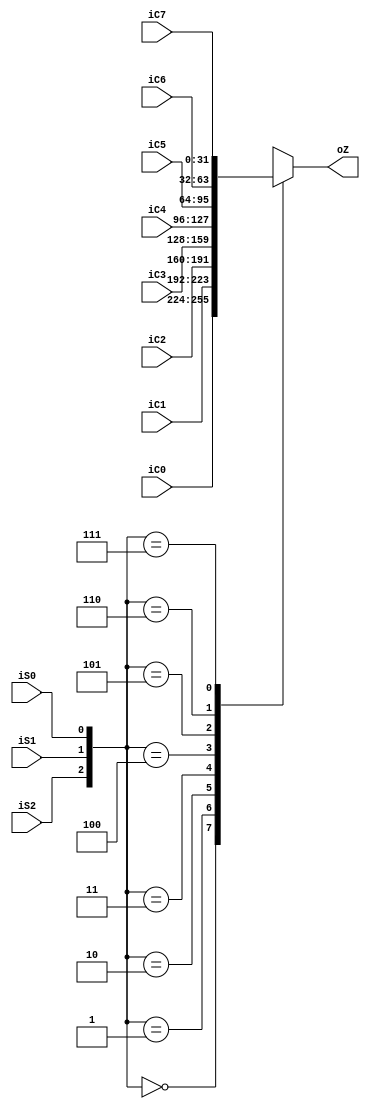
`timescale 1ns / 1ps
//////////////////////////////////////////////////////////////////////////////////
// Company: 
// Engineer: 
// 
// Design Name: 
// Module Name: selector41
// Project Name: 
// Target Devices: 
// Tool Versions: 
// Description: 
// 
// Dependencies: 
// 
// Revision:
// Revision 0.01 - File Created
// Additional Comments:
// 
//////////////////////////////////////////////////////////////////////////////////


module selector81(iC0,iC1,iC2,iC3,iC4,iC5,iC6,iC7,iS2,iS1,iS0,oZ);
    input [31:0] iC0;
    input [31:0] iC1;
    input [31:0] iC2;
    input [31:0] iC3;
    input [31:0] iC4;
    input [31:0] iC5;
    input [31:0] iC6;
    input [31:0] iC7;
    input iS2;
    input iS1;
    input iS0;
    output [31:0]oZ;
    reg [31:0]oZ;
    always@(iC0 or iC1 or iC2 or iC3 or iC4 or iC5 or iC6 or iC7 or iS2 or iS1 or iS0)
    case({iS2,iS1,iS0})
        3'b000:oZ=iC0;
        3'b001:oZ=iC1;
        3'b010:oZ=iC2;
        3'b011:oZ=iC3;
        3'b100:oZ=iC4;
        3'b101:oZ=iC5;
        3'b110:oZ=iC6;
        3'b111:oZ=iC7;
    endcase
endmodule